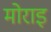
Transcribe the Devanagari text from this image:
मोराइ